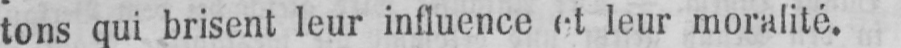
tons qui brisent leur influence et leur moralité.